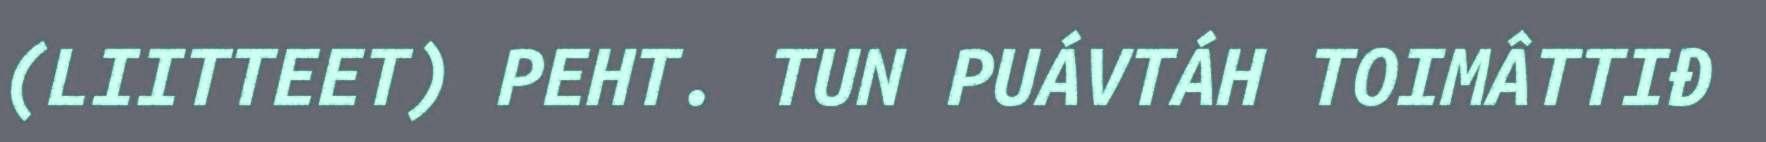
(LIITTEET) PEHT. TUN PUÁVTÁH TOIMÂTTIĐ